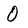
Character: 0